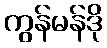
ကွန်မန်ဒို